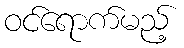
ဝင်ရောက်မည့်